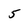
Character: 5